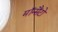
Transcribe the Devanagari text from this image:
मॉन्सैंटो